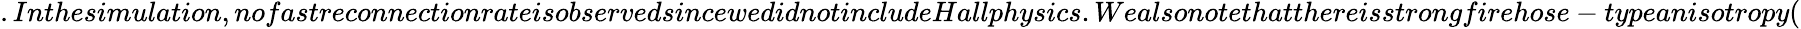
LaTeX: .Inthesimulation,nofastreconnectionrateisobservedsincewedidnotincludeHallphysics.Wealsonotethatthereisstrongfirehose-typeanisotropy(